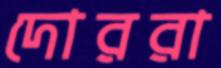
দোররা